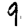
Digit: 9